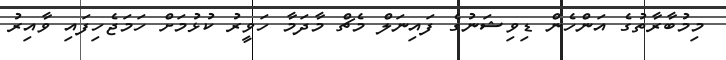
މިމުބާރާތުގެ އަންހެން ޑިވިޝަނުގެ ފައިނަލް މެޗް މާދަމާ ހަވީރު ކުޅުމަށް ހަމަޖެހިފައި ވާއިރު